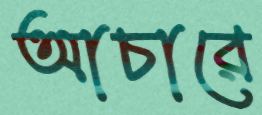
আচারে